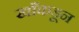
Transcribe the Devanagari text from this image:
खाँकडून